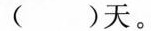
( )天。